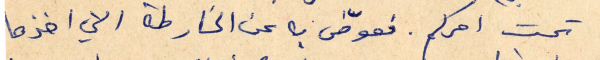
تحت امركم. فعوّض به عن الخارطة التي اخذها